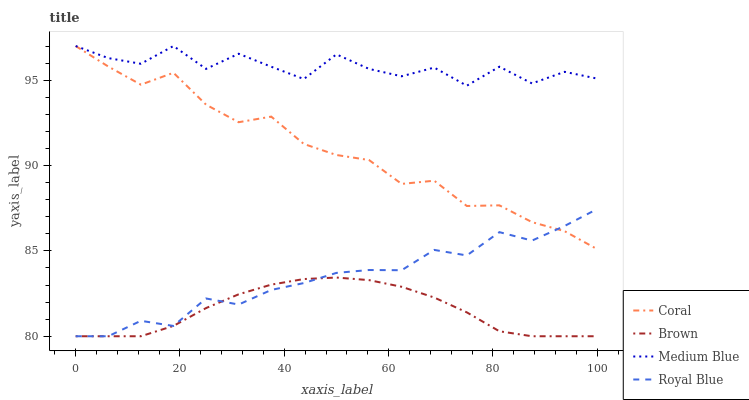
| xaxis_label | Coral | Brown | Medium Blue | Royal Blue |
 | --- | --- | --- | --- | --- |
 | 0 | 97 | 80 | 97 | 80 |
 | 6.25 | 95.8 | 80 | 96.3 | 80 |
 | 12.5 | 94.7 | 80 | 96 | 80.9 |
 | 18.8 | 95.4 | 80.6 | 97 | 80.6 |
 | 25 | 93.6 | 81.7 | 95.7 | 82.2 |
 | 31.2 | 92.5 | 82.5 | 96.5 | 81.9 |
 | 37.5 | 92.9 | 83 | 95.8 | 82.7 |
 | 43.8 | 91.3 | 83.4 | 95.1 | 83.1 |
 | 50 | 90.6 | 83.4 | 96.5 | 83.7 |
 | 56.2 | 90.3 | 83.3 | 95.7 | 83.9 |
 | 62.5 | 88.9 | 82.9 | 95.2 | 83.9 |
 | 68.8 | 89.1 | 82.3 | 95.7 | 85.1 |
 | 75 | 87.6 | 81.4 | 94.7 | 84.7 |
 | 81.2 | 87.7 | 80.3 | 95.8 | 86.1 |
 | 87.5 | 86.7 | 80 | 94.8 | 85.6 |
 | 93.8 | 86.2 | 80 | 95.5 | 86.5 |
 | 100 | 85.1 | 80 | 95.1 | 87.5 |